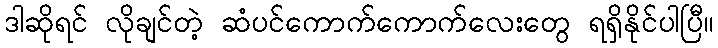
ဒါဆိုရင် လိုချင်တဲ့ ဆံပင်ကောက်ကောက်လေးတွေ ရရှိနိုင်ပါပြီ။